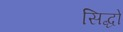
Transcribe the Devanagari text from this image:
सिद्धो